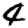
Digit: 4